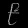
Digit: ၉